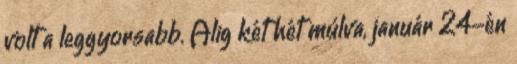
volt a leggyorsabb. Alig két hét múlva, január 24-én